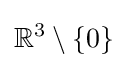
\mathbb {R} ^{3}\setminus \left\{0\right\}